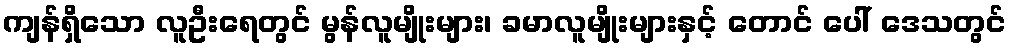
ကျန်ရှိသော လူဦးရေတွင် မွန်လူမျိုးများ၊ ခမာလူမျိုးများနှင့် တောင် ပေါ် ဒေသတွင်